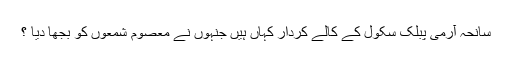
سانحہ آرمی پبلک سکول کے کالے کردار کہاں ہیں جنہوں نے معصوم شمعوں کو بجھا دیا ؟